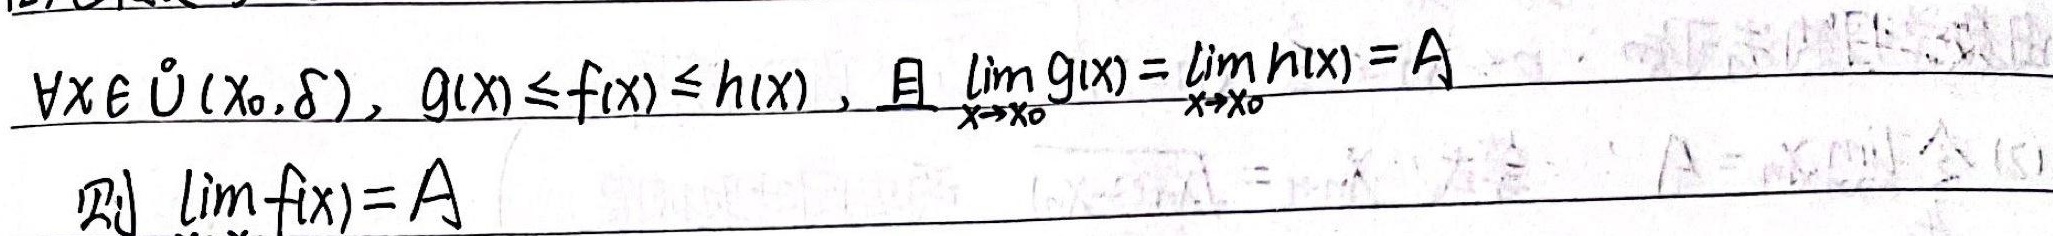
\(\forall x \in \mathring{U}(x_0, \delta)\)，\(g(x) \leq f(x) \leq h(x)\)，且\(\lim_{x \to x_0} g(x) = \lim_{x \to x_0} h(x) = A\)，则\(\lim_{x \to x_0} f(x) = A\)